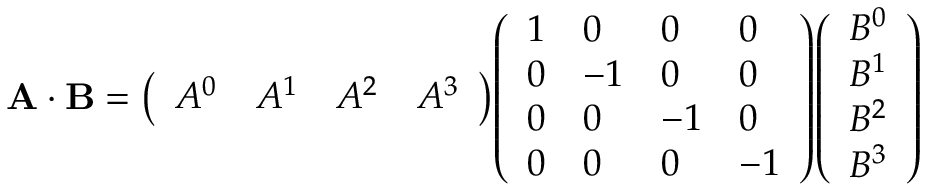
\mathbf { A \cdot B } = { \left( \begin{array} { l l l l } { A ^ { 0 } } & { A ^ { 1 } } & { A ^ { 2 } } & { A ^ { 3 } } \end{array} \right) } { \left( \begin{array} { l l l l } { 1 } & { 0 } & { 0 } & { 0 } \\ { 0 } & { - 1 } & { 0 } & { 0 } \\ { 0 } & { 0 } & { - 1 } & { 0 } \\ { 0 } & { 0 } & { 0 } & { - 1 } \end{array} \right) } { \left( \begin{array} { l } { B ^ { 0 } } \\ { B ^ { 1 } } \\ { B ^ { 2 } } \\ { B ^ { 3 } } \end{array} \right) }